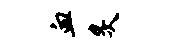
血炙